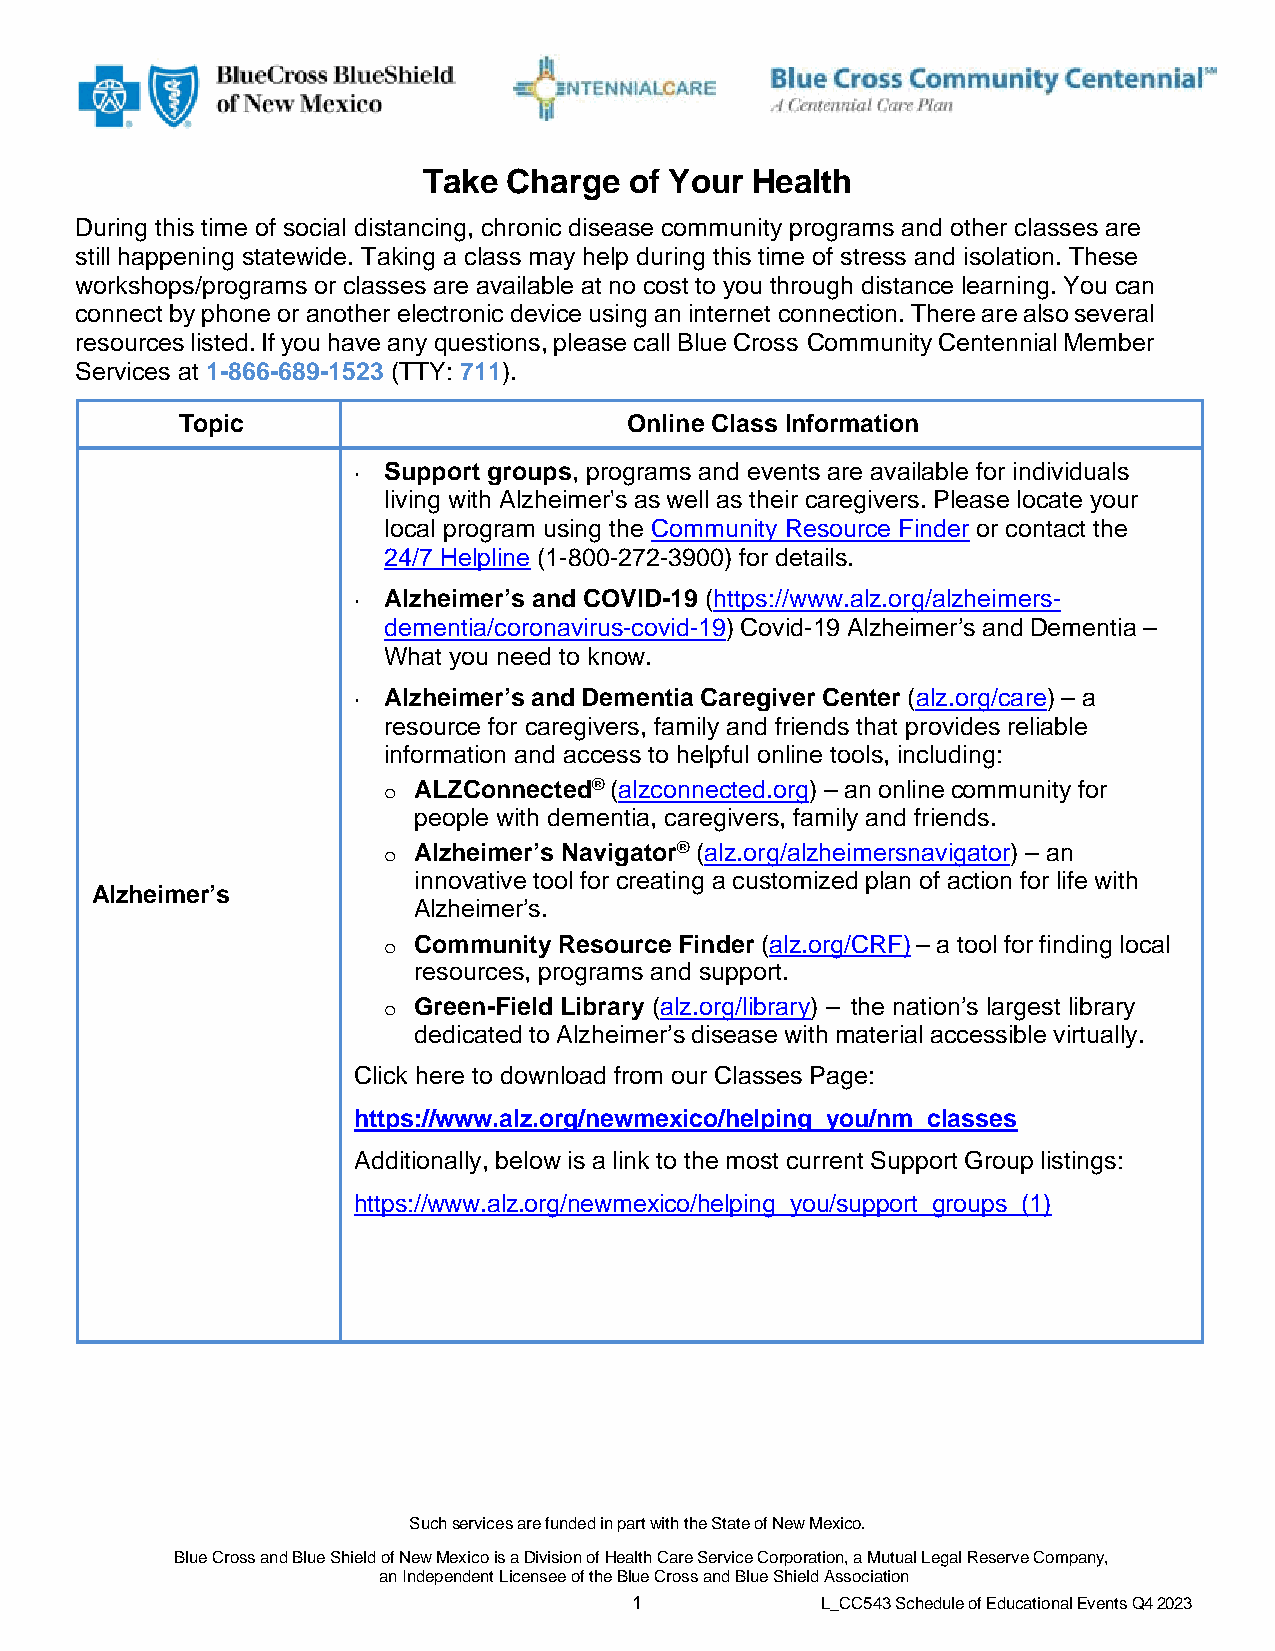
Take  Charge  of Your Health
 During this time of social distancing, chronic disease community programs and other classes are
 still happening statewide. Taking a class may help during this time of stress and isolation. These
 workshops/programs or classes are available at no cost to you through distance learning. You can
 connect by phone or another electronic device using an internet connection. There are also several
 resources listed. If you have any questions, please call Blue Cross Community Centennial Member
 Services at 1-866-689-1523 (TTY: 711).
 Topic                        Online Class Information
 • Support groups, programs and events are available for individuals
 living with Alzheimer's as well as their caregivers. Please locate your
 local program using the Community Resource Finder or contact the
 24/7 Helpline (1-800-272-3900) for details.
 • Alzheimer’s and COVID-19 (https://www.alz.org/alzheimers-
 dementia/coronavirus-covid-19) Covid-19 Alzheimer’s and Dementia –
 What you need to know.
 • Alzheimer’s and Dementia Caregiver Center (alz.org/care) – a
 resource for caregivers, family and friends that provides reliable
 information and access to helpful online tools, including:
 ALZConnected® (alzconnected.org) – an online community for
 o
 people with dementia, caregivers, family and friends.
 Alzheimer’s Navigator® (alz.org/alzheimersnavigator) – an
 o
 innovative tool for creating a customized plan of action for life with
 Alzheimer’s
 Alzheimer’s.
 Community Resource Finder (alz.org/CRF) – a tool for finding local
 o
 resources, programs and support.
 Green-Field Library (alz.org/library) – the nation’s largest library
 o
 dedicated to Alzheimer’s disease with material accessible virtually.
 Click here to download from our Classes Page:
 https://www.alz.org/newmexico/helping_you/nm_classes
 Additionally, below is a link to the most current Support Group listings:
 https://www.alz.org/newmexico/helping_you/support_groups_(1)
 Such services are funded in part with the State of New Mexico.
 Blue Cross and Blue Shield of New Mexico is a Division of Health Care Service Corporation, a Mutual Legal Reserve Company,
 an Independent Licensee of the Blue Cross and Blue Shield Association
 1           L_CC543 Schedule of Educational Events Q4 2023